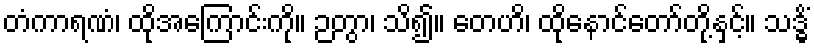
တံကာရဏံ၊ ထိုအကြောင်းကို။ ဉတွာ၊ သိ၍။ တေဟိ၊ ထိုနောင်တော်တို့နှင့်။ သဒ္ဓိံ